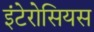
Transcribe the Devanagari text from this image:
इंटेरोसियस